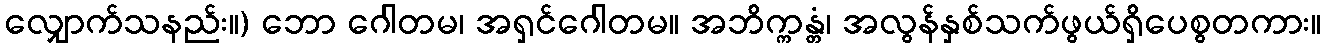
လျှောက်သနည်း။) ဘော ဂေါတမ၊ အရှင်ဂေါတမ။ အဘိက္ကန္တံ၊ အလွန်နှစ်သက်ဖွယ်ရှိပေစွတကား။